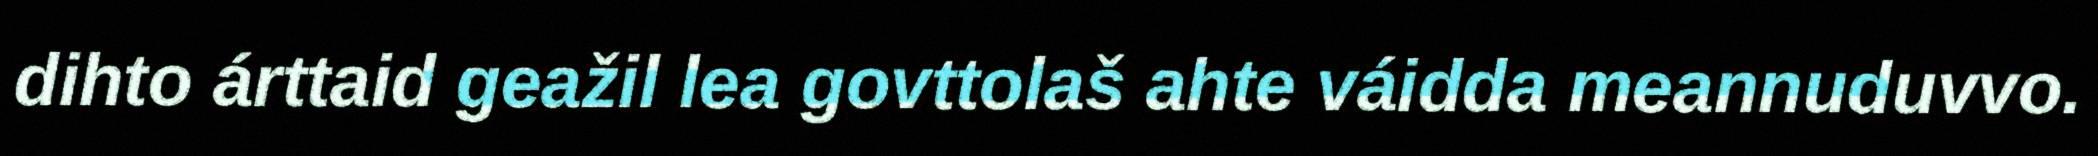
dihto árttaid geažil lea govttolaš ahte váidda meannuduvvo.